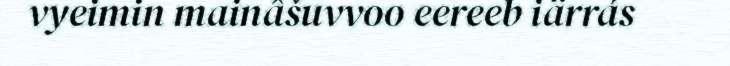
vyeimin mainâšuvvoo eereeb iärrás